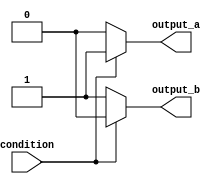
module if_else_statement (
    input wire condition,
    output reg output_a,
    output reg output_b
);

always @(condition) begin
    if (condition) begin
        output_a = 1;
        output_b = 0;
    end
    else begin
        output_a = 0;
        output_b = 1;
    end
end

endmodule